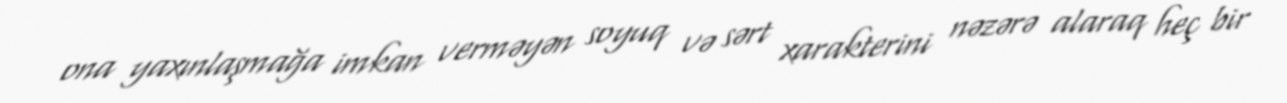
ona yaxınlaşmağa imkan verməyən soyuq və sərt xarakterini nəzərə alaraq heç bir